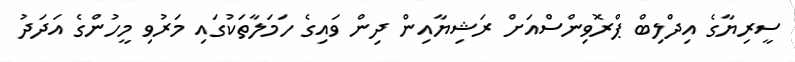
ސީރިޔާގެ އިދްލިބް ޕްރޮވިންސްއަށް ރަޝިޔާއިން ދިން ވައިގެ ހަމަލާތަކުގައި މަރުވި މީހުންގެ އަދަދު